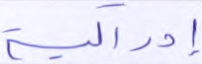
إدراكية